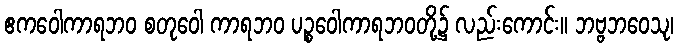
ဧကဝေါကာရဘဝ စတုဝေါ ကာရဘဝ ပဉ္စဝေါကာရဘဝတို့၌ လည်းကောင်း။ ဘဗ္ဗဘဝေသု၊